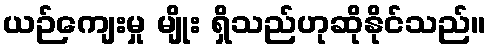
ယဉ်ကျေးမှု မျိုး ရှိသည်ဟုဆိုနိုင်သည်။